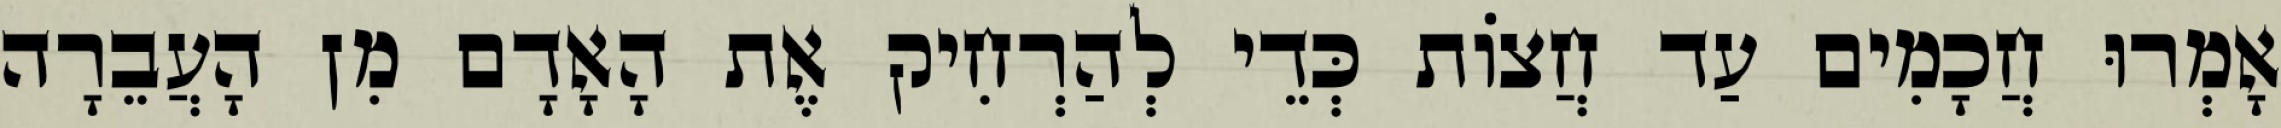
אָמְרוּ חֲכָמִים עַד חֲצוֹת כְּדֵי לְהַרְחִיק אֶת הָאָדָם מִן הָעֲבֵרָה